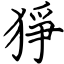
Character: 猙